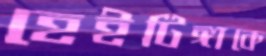
হেইটিঙ্গাকে